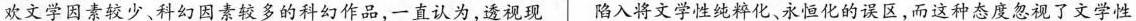
欢文学因素较少、科幻因素较多的科幻作品，一直认为，透视现 陷人将文学性纯粹化、永恒化的误区，而这种态度忽视了文学性